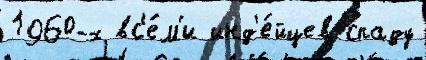
1960-х вс'е́м'и инд'е́йцев спаду